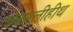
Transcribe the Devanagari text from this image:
बेक्सलीहीथ